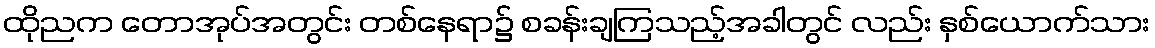
ထိုညက တောအုပ်အတွင်း တစ်နေရာ၌ စခန်းချကြသည့်အခါတွင် လည်း နှစ်ယောက်သား